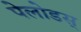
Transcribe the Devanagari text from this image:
पेलोडस्